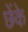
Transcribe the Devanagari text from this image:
छेंके